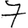
Digit: 7